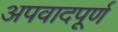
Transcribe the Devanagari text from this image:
अपवादपूर्ण